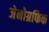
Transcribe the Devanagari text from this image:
जेनोग्रफिक